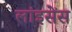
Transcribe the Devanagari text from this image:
लांइसेंस